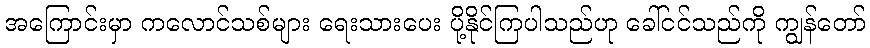
အကြောင်းမှာ ကလောင်သစ်များ ရေးသားပေး ပို့နိုင်ကြပါသည်ဟု ခေါ်ငင်သည်ကို ကျွန်တော်